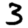
Digit: 3